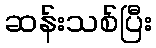
ဆန်းသစ်ပြီး